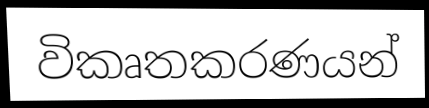
විකෘතකරණයන්